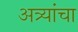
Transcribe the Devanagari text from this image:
अत्र्यांचा